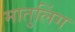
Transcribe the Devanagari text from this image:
मातुलिंग